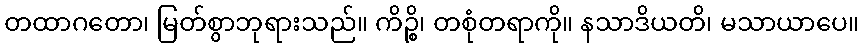
တထာဂတော၊ မြတ်စွာဘုရားသည်။ ကိဉ္စိ၊ တစုံတရာကို။ နသာဒိယတိ၊ မသာယာပေ။